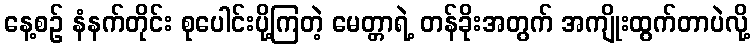
နေ့စဉ် နံနက်တိုင်း စုပေါင်းပို့ကြတဲ့ မေတ္တာရဲ့ တန်ခိုးအတွက် အကျိုးထွက်တာပဲလို့